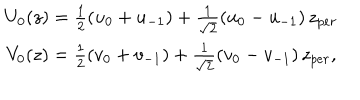
LaTeX: \begin{array} { c } { { U _ { 0 } ( z ) = \frac 1 2 ( u _ { 0 } + u _ { - 1 } ) + \frac 1 { \sqrt { 2 } } ( u _ { 0 } - u _ { - 1 } ) \, z _ { p e r } } } \\ { { V _ { 0 } ( z ) = \frac 1 2 ( v _ { 0 } + v _ { - 1 } ) + \frac 1 { \sqrt { 2 } } ( v _ { 0 } - v _ { - 1 } ) \, z _ { p e r } , } } \\ \end{array}